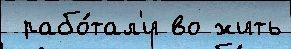
 рабо́тал'и во жить